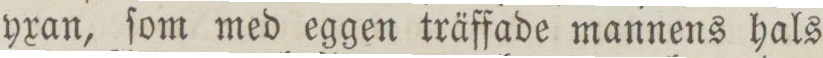
yxan, ſom med eggen träffade mannens hals